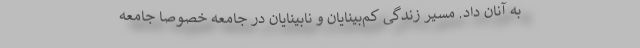
به آنان داد. مسیر زندگی کم‌بینایان و نابینایان در جامعه خصوصاً جامعه